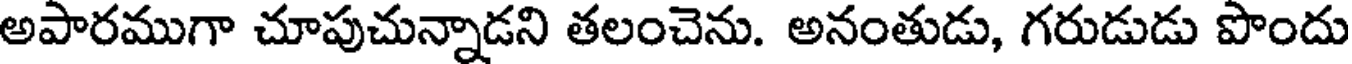
అపారముగా చూపుచున్నాడని తలంచెను. అనంతుడు, గరుడుడు పొందు